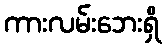
ကားလမ်းဘေးရှိ